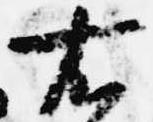
右